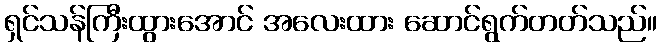
ရှင်သန်ကြီးထွားအောင် အလေးထား ဆောင်ရွက်တတ်သည်။